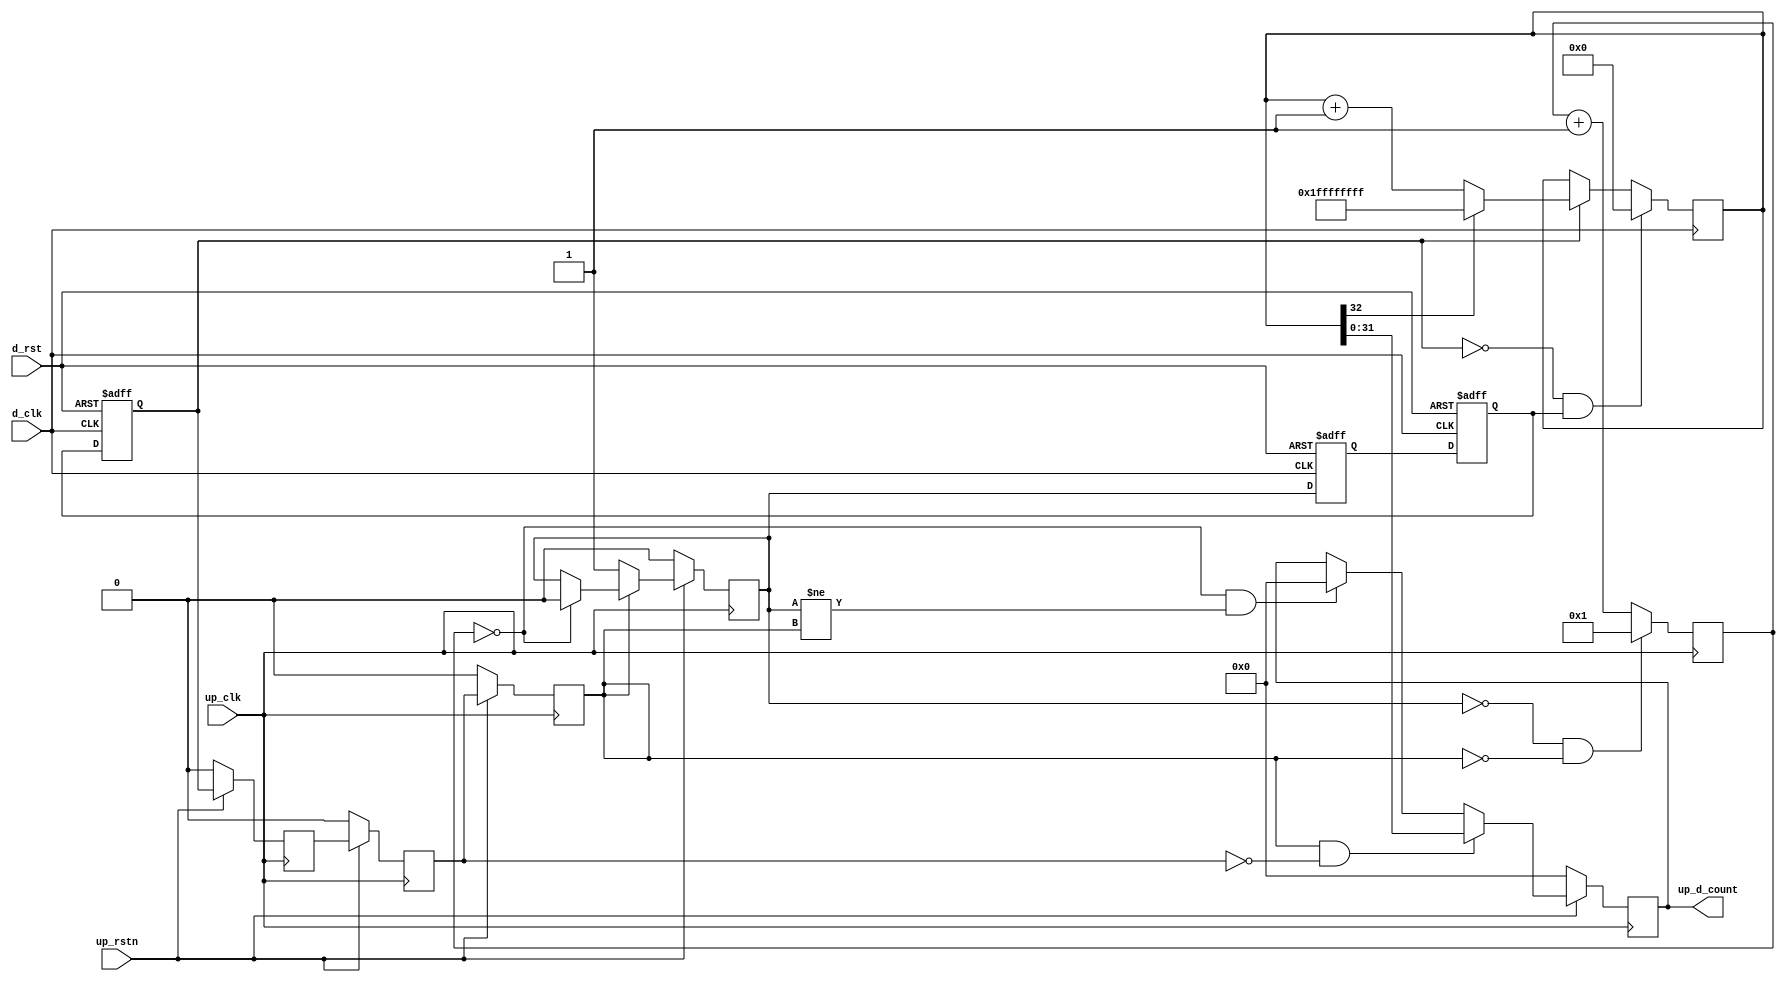
// ***************************************************************************
// ***************************************************************************
// Copyright 2014 - 2017 (c) Analog Devices, Inc. All rights reserved.
//
// In this HDL repository, there are many different and unique modules, consisting
// of various HDL (Verilog or VHDL) components. The individual modules are
// developed independently, and may be accompanied by separate and unique license
// terms.
//
// The user should read each of these license terms, and understand the
// freedoms and responsibilities that he or she has by using this source/core.
//
// This core is distributed in the hope that it will be useful, but WITHOUT ANY
// WARRANTY; without even the implied warranty of MERCHANTABILITY or FITNESS FOR
// A PARTICULAR PURPOSE.
//
// Redistribution and use of source or resulting binaries, with or without modification
// of this file, are permitted under one of the following two license terms:
//
//   1. The GNU General Public License version 2 as published by the
//      Free Software Foundation, which can be found in the top level directory
//      of this repository (LICENSE_GPL2), and also online at:
//      <https://www.gnu.org/licenses/old-licenses/gpl-2.0.html>
//
// OR
//
//   2. An ADI specific BSD license, which can be found in the top level directory
//      of this repository (LICENSE_ADIBSD), and also on-line at:
//      https://github.com/analogdevicesinc/hdl/blob/master/LICENSE_ADIBSD
//      This will allow to generate bit files and not release the source code,
//      as long as it attaches to an ADI device.
//
// ***************************************************************************
// ***************************************************************************

`timescale 1ns/100ps

module up_clock_mon #(
  parameter TOTAL_WIDTH = 32
) (

  // processor interface

  input                              up_rstn,
  input                              up_clk,
  output  reg [TOTAL_WIDTH-1:0]      up_d_count,

  // device interface

  input                              d_rst,
  input                              d_clk);

  // internal registers

  reg     [15:0]           up_count = 'd1;
  reg                      up_count_run = 'd0;
  reg                      up_count_running_m1 = 'd0;
  reg                      up_count_running_m2 = 'd0;
  reg                      up_count_running_m3 = 'd0;
  reg                      d_count_run_m1 = 'd0;
  reg                      d_count_run_m2 = 'd0;
  reg                      d_count_run_m3 = 'd0;
  reg     [TOTAL_WIDTH:0]  d_count = 'd0;

  // internal signals

  wire                     up_count_capture_s;
  wire                     d_count_reset_s;

  // processor reference

  // Capture on the falling edge of running
  assign up_count_capture_s = up_count_running_m3 == 1'b1 && up_count_running_m2 == 1'b0;

  always @(posedge up_clk) begin
    if (up_rstn == 0) begin
      up_count_running_m1 <= 1'b0;
      up_count_running_m2 <= 1'b0;
      up_count_running_m3 <= 1'b0;
    end else begin
      up_count_running_m1 <= d_count_run_m3;
      up_count_running_m2 <= up_count_running_m1;
      up_count_running_m3 <= up_count_running_m2;
    end
  end

  always @(posedge up_clk) begin
    if (up_rstn == 0) begin
      up_d_count <= 'd0;
      up_count_run <= 1'b0;
    end else begin
      if (up_count_running_m3 == 1'b0) begin
        up_count_run <= 1'b1;
      end else if (up_count == 'h00) begin
        up_count_run <= 1'b0;
      end

      if (up_count_capture_s == 1'b1) begin
        up_d_count <= d_count[TOTAL_WIDTH-1:0];
      end else if (up_count == 'h00 && up_count_run != up_count_running_m3) begin
        up_d_count <= 'h00;
      end
    end
  end

  always @(posedge up_clk) begin
    if (up_count_run == 1'b0 && up_count_running_m3 == 1'b0) begin
      up_count <= 'h01;
    end else begin
      up_count <= up_count + 1'b1;
    end
  end

  // device free running

  // Reset on the rising edge of run
  assign d_count_reset_s = d_count_run_m3 == 1'b0 && d_count_run_m2 == 1'b1;

  always @(posedge d_clk or posedge d_rst) begin
    if (d_rst == 1'b1) begin
      d_count_run_m1 <= 1'b0;
      d_count_run_m2 <= 1'b0;
      d_count_run_m3 <= 1'b0;
    end else begin
      d_count_run_m1 <= up_count_run;
      d_count_run_m2 <= d_count_run_m1;
      d_count_run_m3 <= d_count_run_m2;
    end
  end

  always @(posedge d_clk) begin
    if (d_count_reset_s == 1'b1) begin
      d_count <= 'h00;
    end else if (d_count_run_m3 == 1'b1) begin
      if (d_count[TOTAL_WIDTH] == 1'b0) begin
        d_count <= d_count + 1'b1;
      end else begin
        d_count <= {TOTAL_WIDTH+1{1'b1}};
      end
    end
  end

endmodule

// ***************************************************************************
// ***************************************************************************